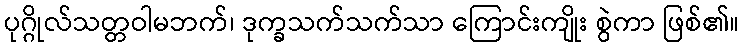
ပုဂ္ဂိုလ်သတ္တဝါမဘက်၊ ဒုက္ခသက်သက်သာ ကြောင်းကျိုး စွဲကာ ဖြစ်၏။